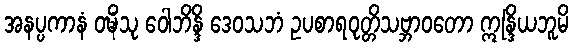
အနပ္ပကာနံ ဝဍ္ဎိံသု ဝေါဘိန္ဒိ ဒေဝသဘံ ဥပစာရဝုတ္တိသဗ္ဘာဝတော ဣန္ဒြိယဘူမိ